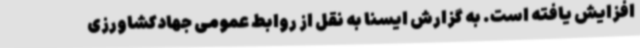
افزایش یافته است. به گزارش ایسنا به نقل از روابط عمومی جهادکشاورزی